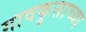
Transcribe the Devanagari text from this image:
गावकुसाच्या